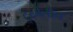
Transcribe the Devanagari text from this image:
टुरमेलीन